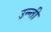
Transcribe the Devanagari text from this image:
उन्न्ती